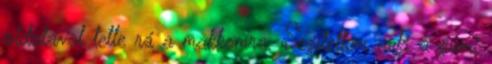
oldalával tette rá a makkomra. Segítettem neki a gumi